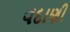
વદાણી